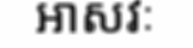
អាសវៈ